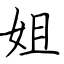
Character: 姐